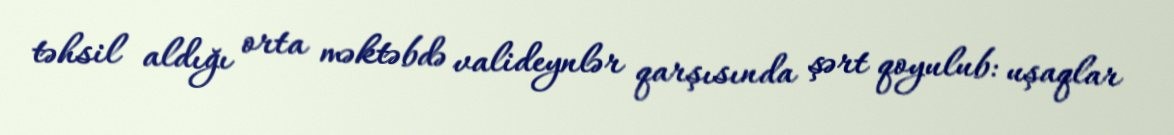
təhsil aldığı orta məktəbdə valideynlər qarşısında şərt qoyulub: uşaqlar